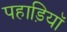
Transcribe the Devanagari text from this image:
पहाड़ियॉ